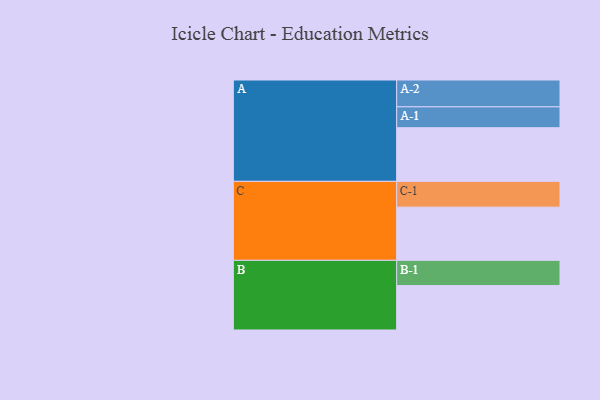
{"axis": {"x": "Segment", "y": "Value"}, "legend": ["", "A", "B", "C"], "data": [{"x": "A", "y": 516, "type": ""}, {"x": "B", "y": 427, "type": ""}, {"x": "C", "y": 512, "type": ""}, {"x": "A-1", "y": 201, "type": "A"}, {"x": "A-2", "y": 258, "type": "A"}, {"x": "B-1", "y": 243, "type": "B"}, {"x": "C-1", "y": 248, "type": "C"}]}